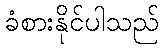
ခံစားနိုင်ပါသည်